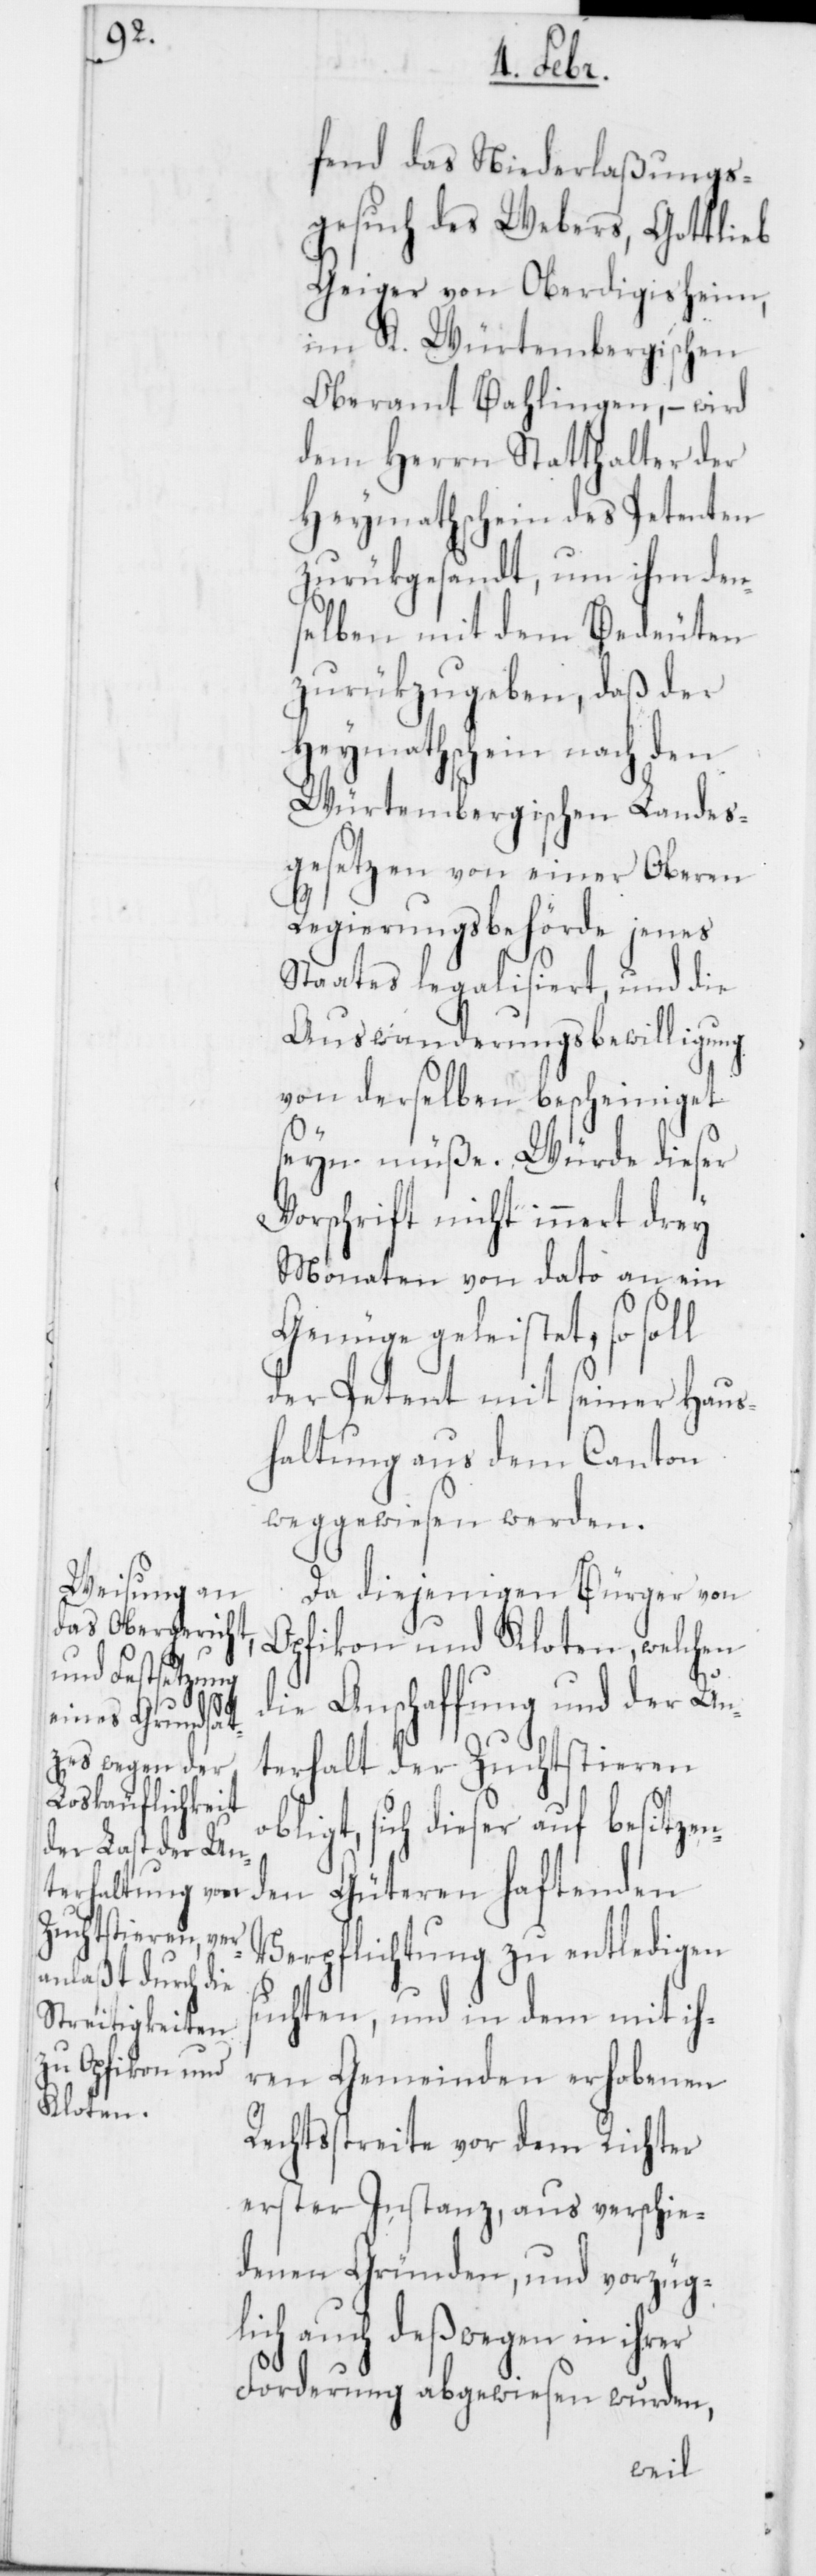
fend das Niederlaßungs¬
gesuch des Webers, Gottlieb
Geiger von Oberdigisheim,
im K. Würtembergischen
Oberamt Bahlingen, – wird
dem Herrn Statthalter der
Heymathschein des Petenten
zurükgesandt, um ihm den¬
selben mit dem Bedeuten
zurükzugeben, daß der
Heymathschein nach den
Würtembergischen Landes¬
gesetzen von einer Oberen
o¬
Regierungsbehörde jenes
Staates legalisiert, und die
Auswanderungsbewilligung
von derselben bescheiniget
seyn müße. Würde dieser
Vorschrift nicht innert drey
Monaten von dato an ein
Genüge geleistet, so soll
der Petent mit seiner Haus¬
haltung aus dem Canton
weggewiesen werden.
Da diejenigen Bürger von
Opfikon und Kloten, welchen
die Anschaffung und der Un¬
terhalt der Zuchtstieren
bligt, sich dieser auf besitzen¬
den Güteren haftenden
Verpflichtung zu entledigen
suchten, und in dem mit ih¬
ren Gemeinden erhobenen
Rechtsstreite vor dem Richter
erster Instanz, aus verschie¬
denen Gründen, und vorzüg¬
lich auch deßwegen in ihrer
Forderung abgewiesen wurden,